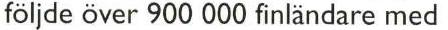
följde över 900 000 finländare med